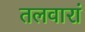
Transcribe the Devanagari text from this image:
तलवारां